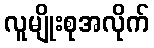
လူမျိုးစုအလိုက်